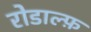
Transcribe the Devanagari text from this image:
रोडाल्फ़